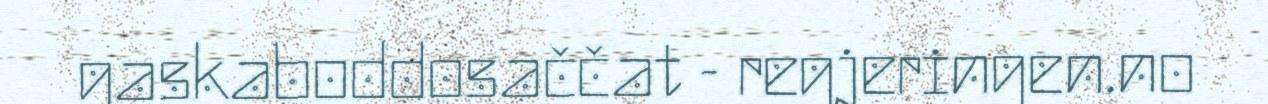
gaskaboddosaččat - regjeringen.no